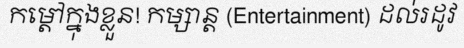
កម្តៅក្នុងខ្លួន! កម្សាន្ត (Entertainment) ដល់រដូវ